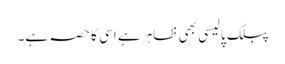
پبلک پالیسی بھی ظاہر ہے اسی کا حصہ ہے۔